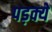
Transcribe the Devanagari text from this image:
पड़क्यें